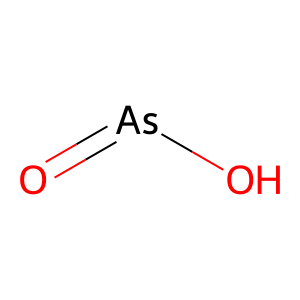
SMILES: O=[As]O
Inhibits HIV replication: No